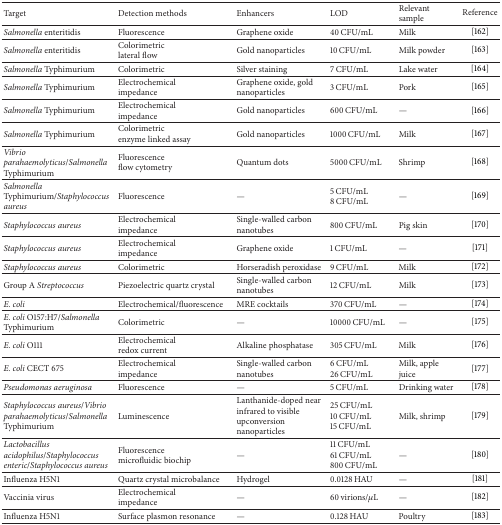
<table><thead><tr><td><b>Target</b></td><td><b>Detection methods</b></td><td><b>Enhancers</b></td><td><b>LOD</b></td><td><b>Relevant sample</b></td><td><b>Reference</b></td></tr></thead><tbody><tr><td><i>Salmonella </i>enteritidis</td><td>Fluorescence</td><td>Graphene oxide</td><td>40 CFU/mL</td><td>Milk</td><td>[162]</td></tr><tr><td><i>Salmonella </i>enteritidis</td><td>Colorimetriclateral flow</td><td>Gold nanoparticles</td><td>10 CFU/mL</td><td>Milk powder</td><td>[163]</td></tr><tr><td><i>Salmonella </i>Typhimurium</td><td>Colorimetric</td><td>Silver staining</td><td>7 CFU/mL</td><td>Lake water</td><td>[164]</td></tr><tr><td><i>Salmonella </i>Typhimurium</td><td>Electrochemicalimpedance</td><td>Graphene oxide, gold nanoparticles</td><td>3 CFU/mL</td><td>Pork</td><td>[165]</td></tr><tr><td><i>Salmonella </i>Typhimurium</td><td>Electrochemicalimpedance</td><td>Gold nanoparticles</td><td>600 CFU/mL</td><td>—</td><td>[166]</td></tr><tr><td><i>Salmonella </i>Typhimurium</td><td>Colorimetricenzyme linked assay</td><td>Gold nanoparticles</td><td>1000 CFU/mL</td><td>Milk</td><td>[167]</td></tr><tr><td><i>Vibrio parahaemolyticus</i>/<i>Salmonella </i>Typhimurium</td><td>Fluorescenceflow cytometry</td><td>Quantum dots</td><td>5000 CFU/mL</td><td>Shrimp</td><td>[168]</td></tr><tr><td><i>Salmonella </i>Typhimurium/<i>Staphylococcus aureus </i></td><td>Fluorescence</td><td>—</td><td>5 CFU/mL8 CFU/mL</td><td>—</td><td>[169]</td></tr><tr><td><i>Staphylococcus aureus </i></td><td>Electrochemicalimpedance</td><td>Single-walled carbon nanotubes</td><td>800 CFU/mL</td><td>Pig skin</td><td>[170]</td></tr><tr><td><i>Staphylococcus aureus </i></td><td>Electrochemicalimpedance</td><td>Graphene oxide</td><td>1 CFU/mL</td><td>—</td><td>[171]</td></tr><tr><td><i>Staphylococcus aureus </i></td><td>Colorimetric</td><td>Horseradish peroxidase</td><td>9 CFU/mL</td><td>Milk</td><td>[172]</td></tr><tr><td>Group A <i>Streptococcus </i></td><td>Piezoelectric quartz crystal</td><td>Single-walled carbon nanotubes</td><td>12 CFU/mL</td><td>Milk</td><td>[173]</td></tr><tr><td><i>E. coli </i></td><td>Electrochemical/fluorescence</td><td>MRE cocktails</td><td>370 CFU/mL</td><td>—</td><td>[174]</td></tr><tr><td><i>E. coli</i> O157:H7/<i>Salmonella </i>Typhimurium</td><td>Colorimetric</td><td>—</td><td>10000 CFU/mL</td><td>—</td><td>[175]</td></tr><tr><td><i>E. coli</i> O111</td><td>Electrochemicalredox current</td><td>Alkaline phosphatase</td><td>305 CFU/mL</td><td>Milk</td><td>[176]</td></tr><tr><td><i>E. coli</i> CECT 675</td><td>Electrochemicalimpedance</td><td>Single-walled carbon nanotubes</td><td>6 CFU/mL26 CFU/mL</td><td>Milk, apple juice</td><td>[177]</td></tr><tr><td><i>Pseudomonas aeruginosa </i></td><td>Fluorescence</td><td>—</td><td>5 CFU/mL</td><td>Drinking water</td><td>[178]</td></tr><tr><td><i>Staphylococcus aureus</i>/<i>Vibrio parahaemolyticus</i>/<i>Salmonella</i> Typhimurium</td><td>Luminescence</td><td>Lanthanide-doped near infrared to visible upconversion nanoparticles</td><td>25 CFU/mL10 CFU/mL15 CFU/mL</td><td>Milk, shrimp</td><td>[179]</td></tr><tr><td><i>Lactobacillus acidophilus</i>/<i>Staphylococcus enteric</i>/<i>Staphylococcus aureus </i></td><td>Fluorescencemicrofluidic biochip</td><td>—</td><td>11 CFU/mL61 CFU/mL800 CFU/mL</td><td>—</td><td>[180]</td></tr><tr><td>Influenza H5N1</td><td>Quartz crystal microbalance</td><td>Hydrogel</td><td>0.0128 HAU</td><td>—</td><td>[181]</td></tr><tr><td>Vaccinia virus</td><td>Electrochemicalimpedance</td><td>—</td><td>60 virions/<i>μ</i>L</td><td>—</td><td>[182]</td></tr><tr><td>Influenza H5N1</td><td>Surface plasmon resonance</td><td>—</td><td>0.128 HAU</td><td>Poultry</td><td>[183]</td></tr></tbody></table>